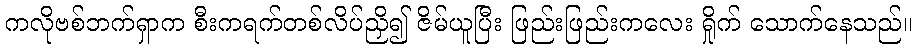
ကလိုဗစ်ဘက်ရှာက စီးကရက်တစ်လိပ်ညှိ၍ ဇိမ်ယူပြီး ဖြည်းဖြည်းကလေး ရှိုက် သောက်နေသည်။